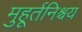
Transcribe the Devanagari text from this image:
मुहूर्तनिश्चय